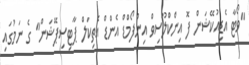
"ވޯޓާ އެޑިއުކޭޝަން ފޮ އިންކްލޫސިވް އިންފޯމްޑް އެންޑް އެތިކަލް ޕާޓިސިޕޭޝަން" ގެ ނަމުގައި